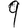
Digit: 9